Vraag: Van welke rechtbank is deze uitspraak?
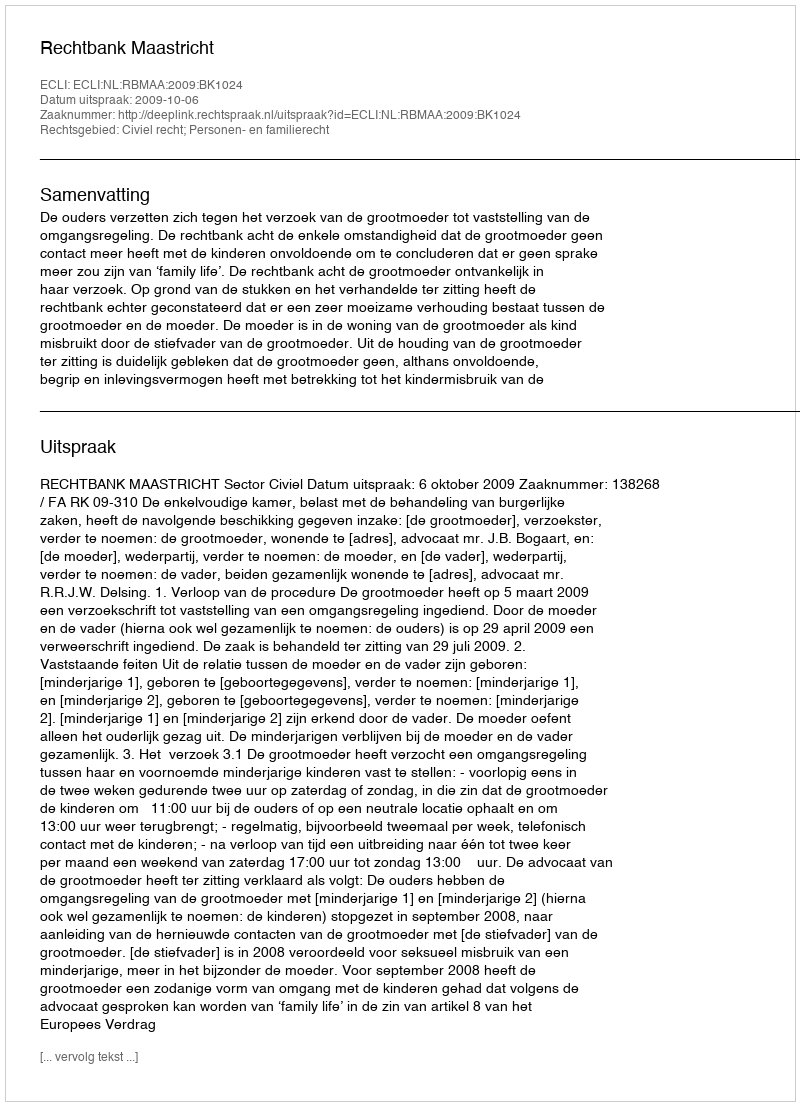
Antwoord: Rechtbank Maastricht